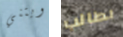
ويتني نطالب